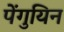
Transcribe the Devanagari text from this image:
पेंगुयिन